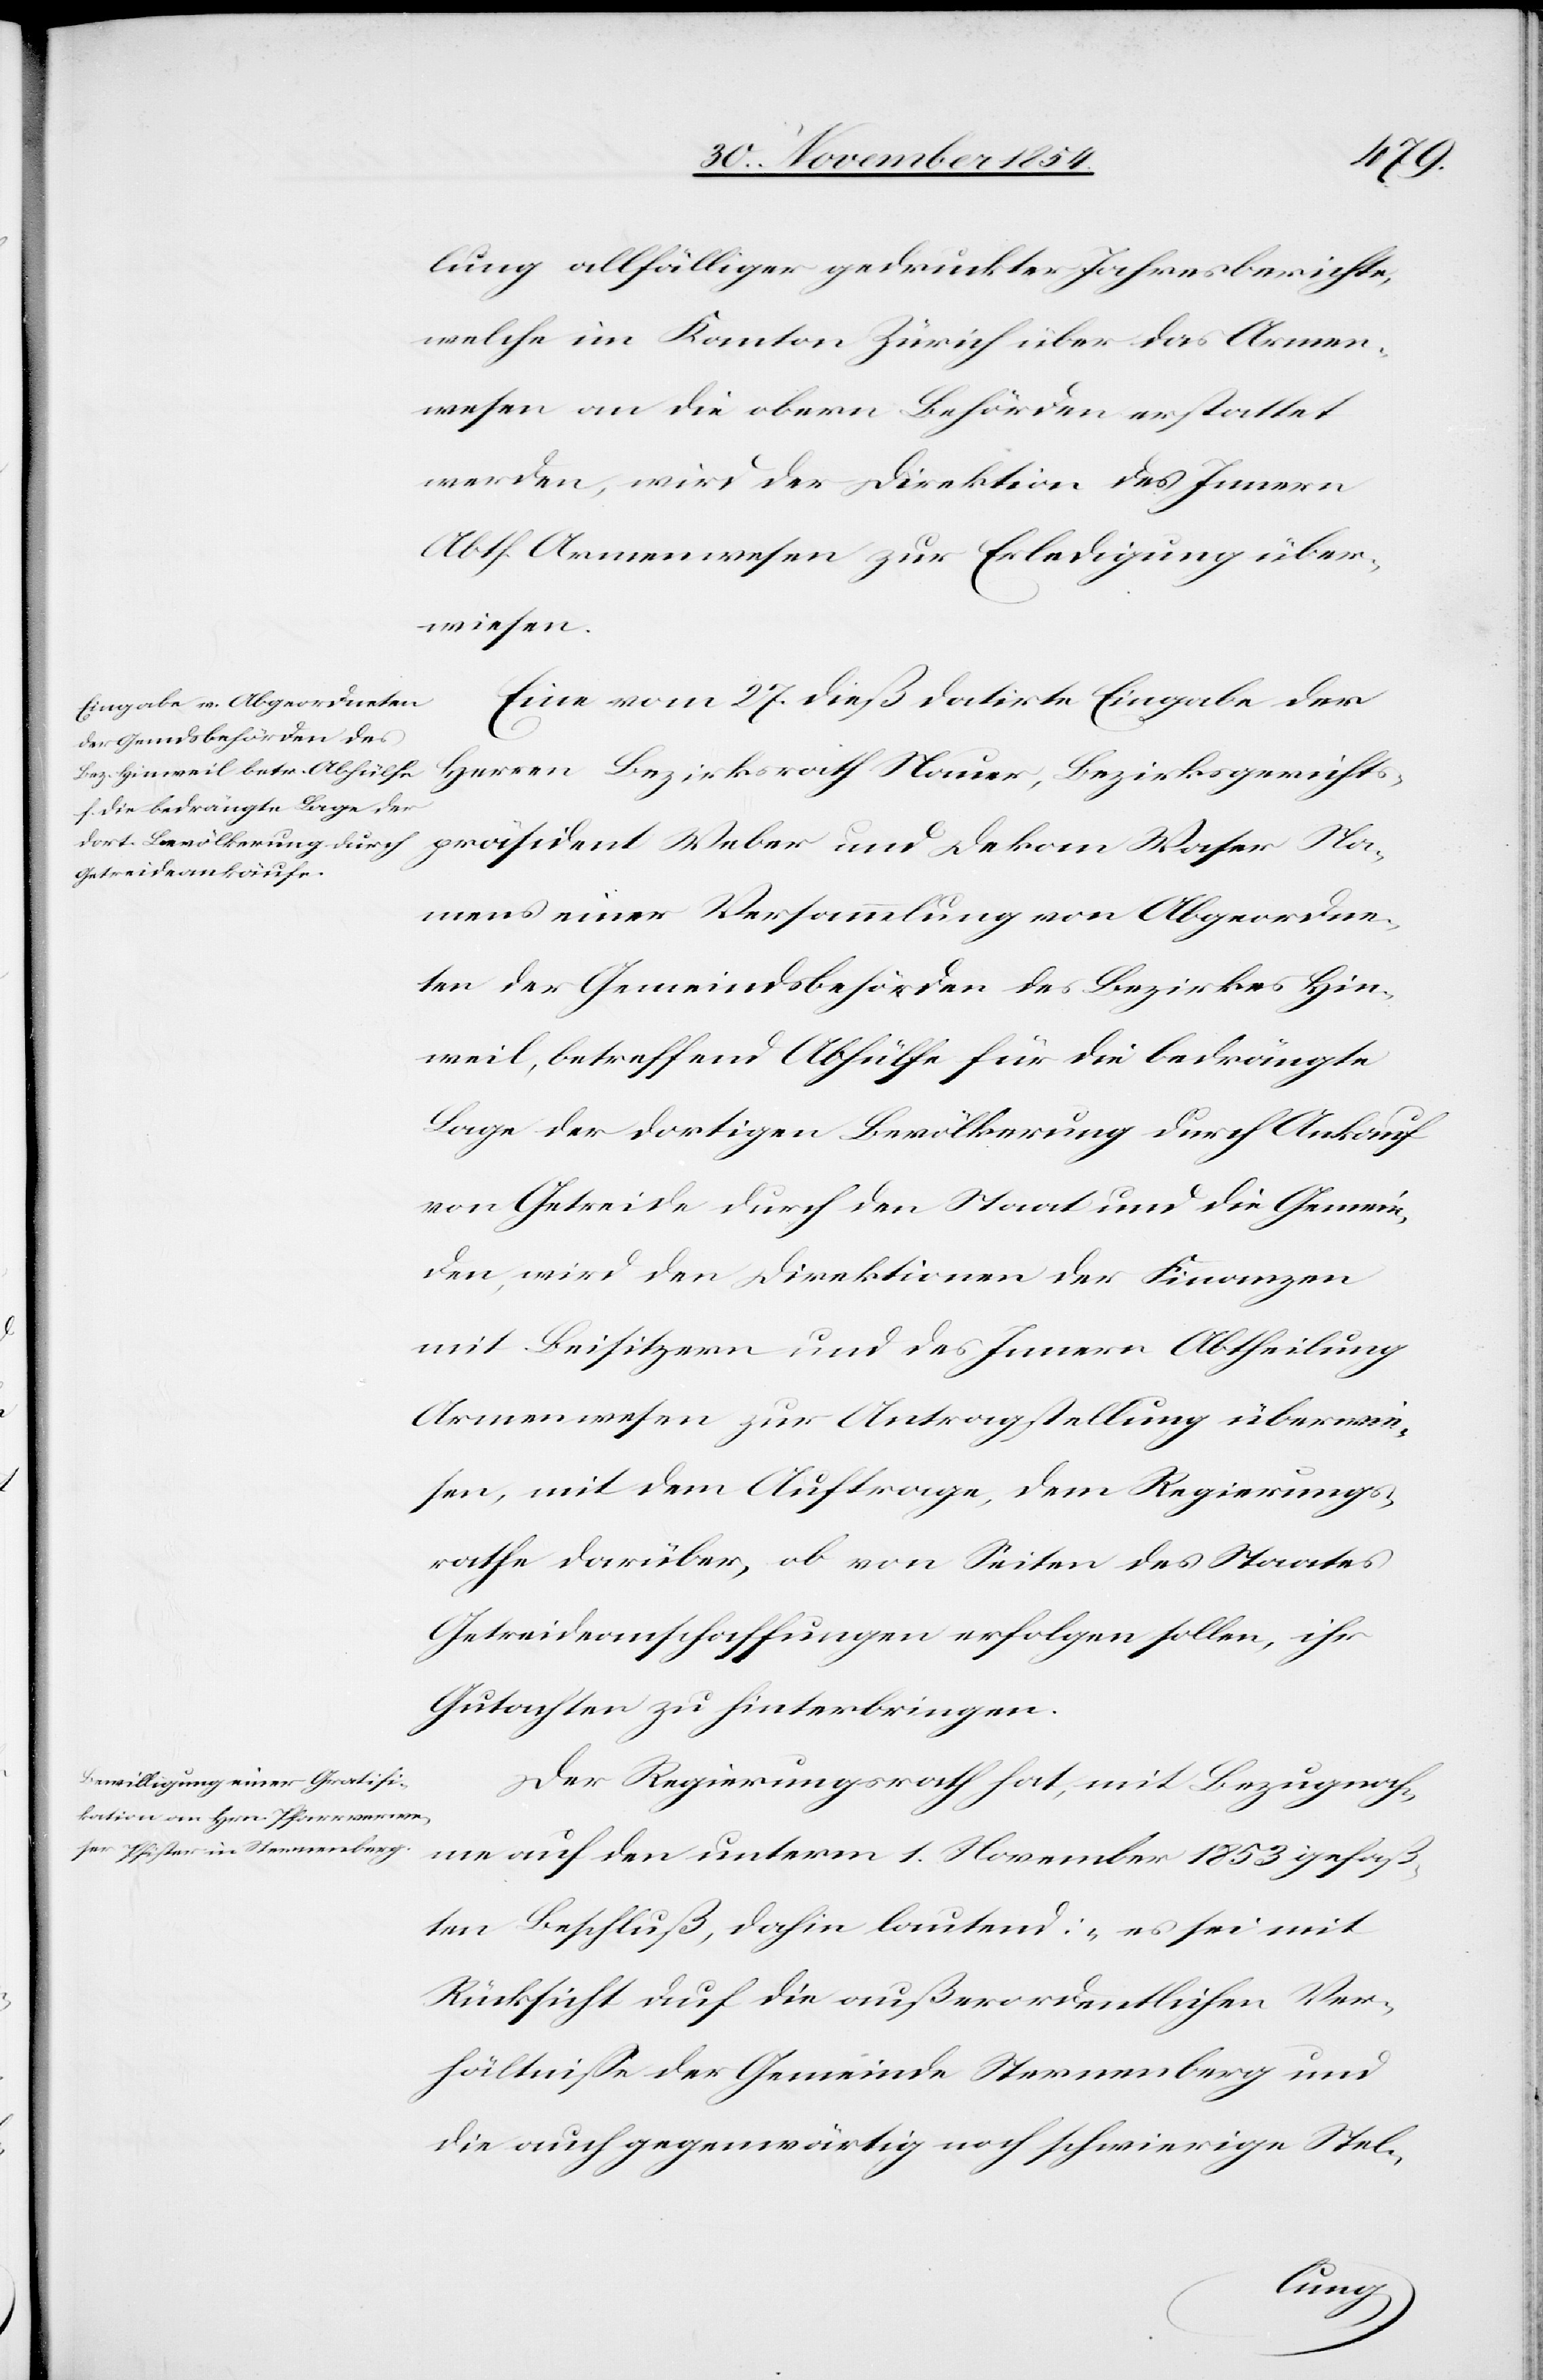
lung allfälliger gedruckter Jahresberichte,
welche im Kanton Zürich über das Armen¬
wesen an die obern Behörden erstattet
werden, wird der Direktion des Innern
Abth. Armenwesen zur Erledigung über¬
wiesen.
Eine vom 27. dieß datirte Eingabe der
Herren Bezirksrath Nauer, Bezirksgerichts¬
präsident Weber und Dekan Waser Na¬
mens einer Versammlung von Abgeordne¬
ten der Gemeindsbehörden des Bezirkes Hin¬
weil, betreffend Abhülfe für die bedrängte
Lage der dortigen Bevölkerung durch Ankauf
von Getreide durch den Staat und die Gemein¬
den, wird den Direktionen der Finanzen
mit Beisitzern und des Innern Abtheilung
Armenwesen zur Antragstellung überwie¬
sen, mit dem Auftrage, dem Regierungs¬
rathe darüber, ob von Seiten des Staates
Getreideanschaffungen erfolgen sollen, ihr
Gutachten zu hinterbringen.
Der Regierungsrath hat, mit Bezugnah¬
me auf den unterm 1. November 1853 gefaß¬
ten Beschluß, dahin lautend: „es sei mit
Rücksicht auf die außerordentlichen Ver¬
hältniße der Gemeinde Sternenberg und
die auch gegenwärtig noch schwierige Stel-